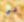
في